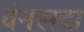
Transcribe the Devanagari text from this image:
वंनसदा